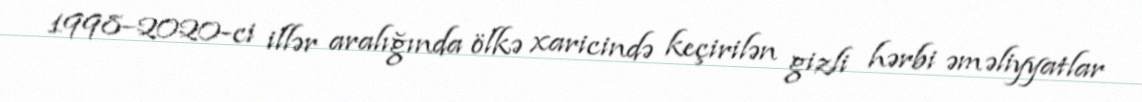
1998–2020-ci illər aralığında ölkə xaricində keçirilən gizli hərbi əməliyyatlar